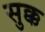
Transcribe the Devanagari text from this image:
सुक्क